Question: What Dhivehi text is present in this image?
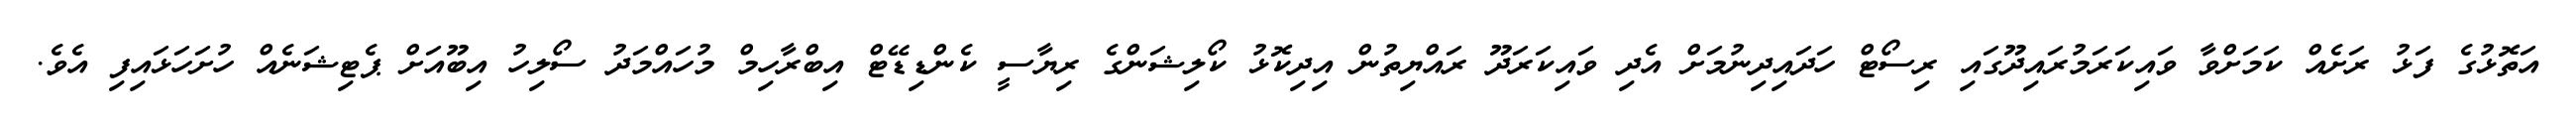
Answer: އަތޮޅުގެ ފަޅު ރަށެއް ކަމަށްވާ ވައިކަރަމުރައިދޫގައި ރިސޯޓް ހަދައިދިނުމަށް އެދި ވައިކަރަދޫ ރައްޔިތުން އިދިކޮޅު ކޯލިޝަންގެ ރިޔާސީ ކެންޑިޑޭޓް އިބްރާހިމް މުހައްމަދު ސޯލިހު އިބޫއަށް ޕެޓިޝަނެއް ހުށަހަޅައިފި އެވެ.